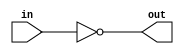
module isZero(in, out);
        input [31:0] in;
        output out;
        assign out = (in == 32'b0);
endmodule